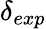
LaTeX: \delta_{exp}